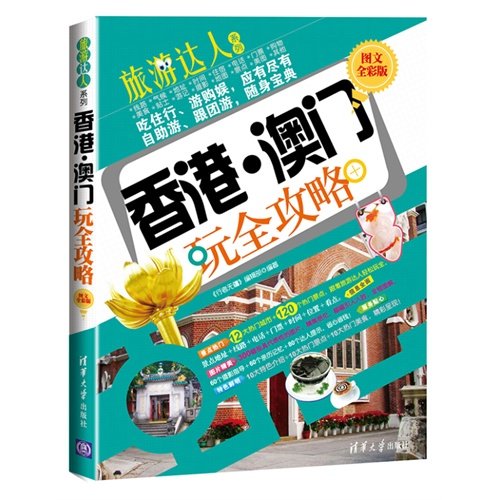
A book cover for Travel Guides in Hong Kong and Macao (Version in Full Colors and with Pictures ) (Chinese Edition); Anonymouse; Travel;